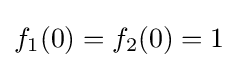
f_{1}(0)=f_{2}(0)=1